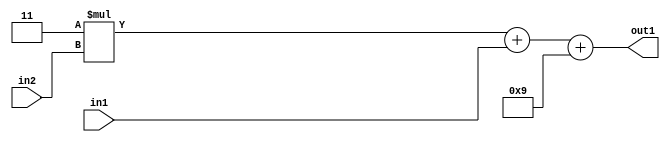
`timescale 1ps / 1ps
/*****************************************************************************
    Verilog RTL Description
    
    
    Created by: Stratus DpOpt 21.05.01 
*******************************************************************************/

module SobelFilter_Add2i9Add2u2Mul2i3u2_1 (
	in2,
	in1,
	out1
	); /* architecture "behavioural" */ 
input [1:0] in2,
	in1;
output [4:0] out1;
wire [4:0] asc001,
	asc003;

wire [4:0] asc003_tmp_0;
assign asc003_tmp_0 = 
	+(5'B00011 * in2);
assign asc003 = asc003_tmp_0
	+(in1);

assign asc001 = 
	+(asc003)
	+(5'B01001);

assign out1 = asc001;
endmodule

/* CADENCE  uLP0TwE= : u9/ySxbfrwZIxEzHVQQV8Q== ** DO NOT EDIT THIS LINE ******/